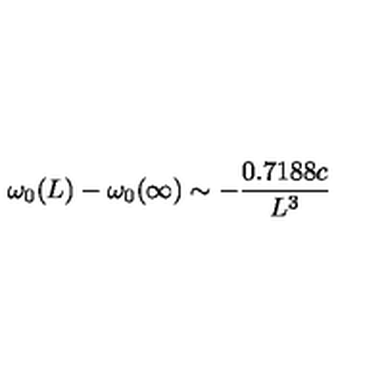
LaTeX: \omega _ { 0 } ( L ) - \omega _ { 0 } ( \infty ) \sim - { \frac { 0 . 7 1 8 8 c } { L ^ { 3 } } }